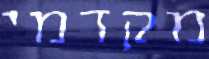
מקדמי